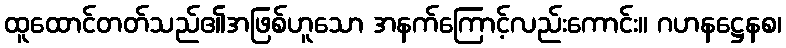
ထူထောင်တတ်သည်၏အဖြစ်ဟူသော အနက်ကြောင့်လည်းကောင်း။ ဂဟနဋ္ဌေနစ၊